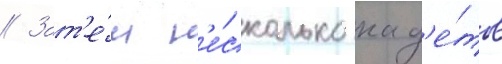
// Зат'е́м н'е́сколько кад'е́тов